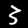
Label: 3